Indian journal of veterinary science and animal husbandry - Volume 2,
Year: 1932
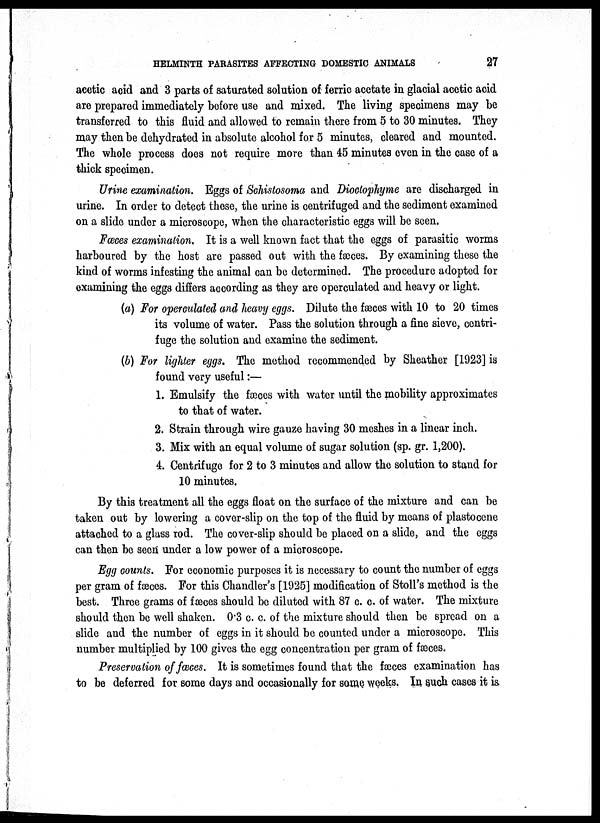
HELMINTH PARASITES AFFECTING DOMESTIC ANIMALS
27
acetic acid and 3 parts of saturated solution of ferric acetate in glacial acetic acid
are prepared immediately before use and mixed. The living specimens may be
transferred to this fluid and allowed to remain there from 5 to 30 minutes. They
may then be dehydrated in absolute alcohol for 5 minutes, cleared and mounted.
The whole process does not require more than 45 minutes even in the case of a
thick specimen.
Urine examination. Eggs of Schistosoma and Dioctophyme are discharged in
urine. In order to detect these, the urine is centrifuged and the sediment examined
on a slide under a microscope, when the characteristic eggs will be seen.
Fæces examination. It is a well known fact that the eggs of parasitic worms
harboured by the host are passed out with the fæces. By examining these the
kind of worms infesting the animal can be determined. The procedure adopted for
examining the eggs differs according as they are operculated and heavy or light.
(a) For operculated and heavy eggs. Dilute the fæces with 10 to 20 times
its volume of water. Pass the solution through a fine sieve, centri-
fuge the solution and examine the sediment.
(b) For lighter eggs. The method recommended by Sheather [1923] is
found very useful:—
1. Emulsify the fæces with water until the mobility approximates
to that of water.
2. Strain through wire gauze having 30 meshes in a linear inch.
3. Mix with an equal volume of sugar solution (sp. gr. 1,200).
4. Centrifuge for 2 to 3 minutes and allow the solution to stand for
10 minutes.
By this treatment all the eggs float on the surface of the mixture and can be
taken out by lowering a cover-slip on the top of the fluid by means of plastocene
attached to a glass rod. The cover-slip should be placed on a slide, and the eggs
can then be seen under a low power of a microscope.
Egg counts. For economic purposes it is necessary to count the number of eggs
per gram of fæces. For this Chandler's [1925] modification of Stoll's method is the
best. Three grams of fæces should be diluted with 87 c. c. of water. The mixture
should then be well shaken. 0.3 c. c. of the mixture should then be spread on a
slide and the number of eggs in it should be counted under a microscope. This
number multiplied by 100 gives the egg concentration per gram of fæces.
Preservation of fæces. It is sometimes found that the fæces examination has
to be deferred for some days and occasionally for some weeks. In such cases it is